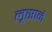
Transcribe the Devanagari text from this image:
लूसाने